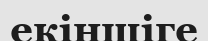
екіншіге